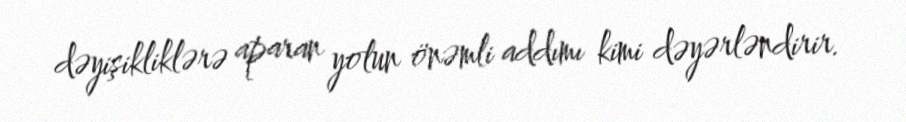
dəyişikliklərə aparan yolun önəmli addımı kimi dəyərləndirir.